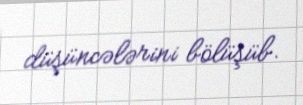
düşüncələrini bölüşüb.